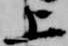
上